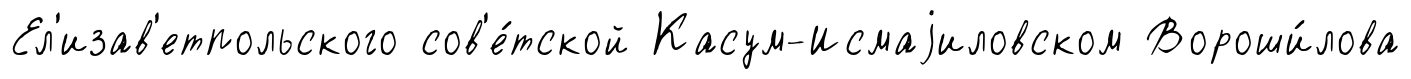
Ел'изав'етпольского сов'е́тской Касум-Исмаjиловском Вороши́лова